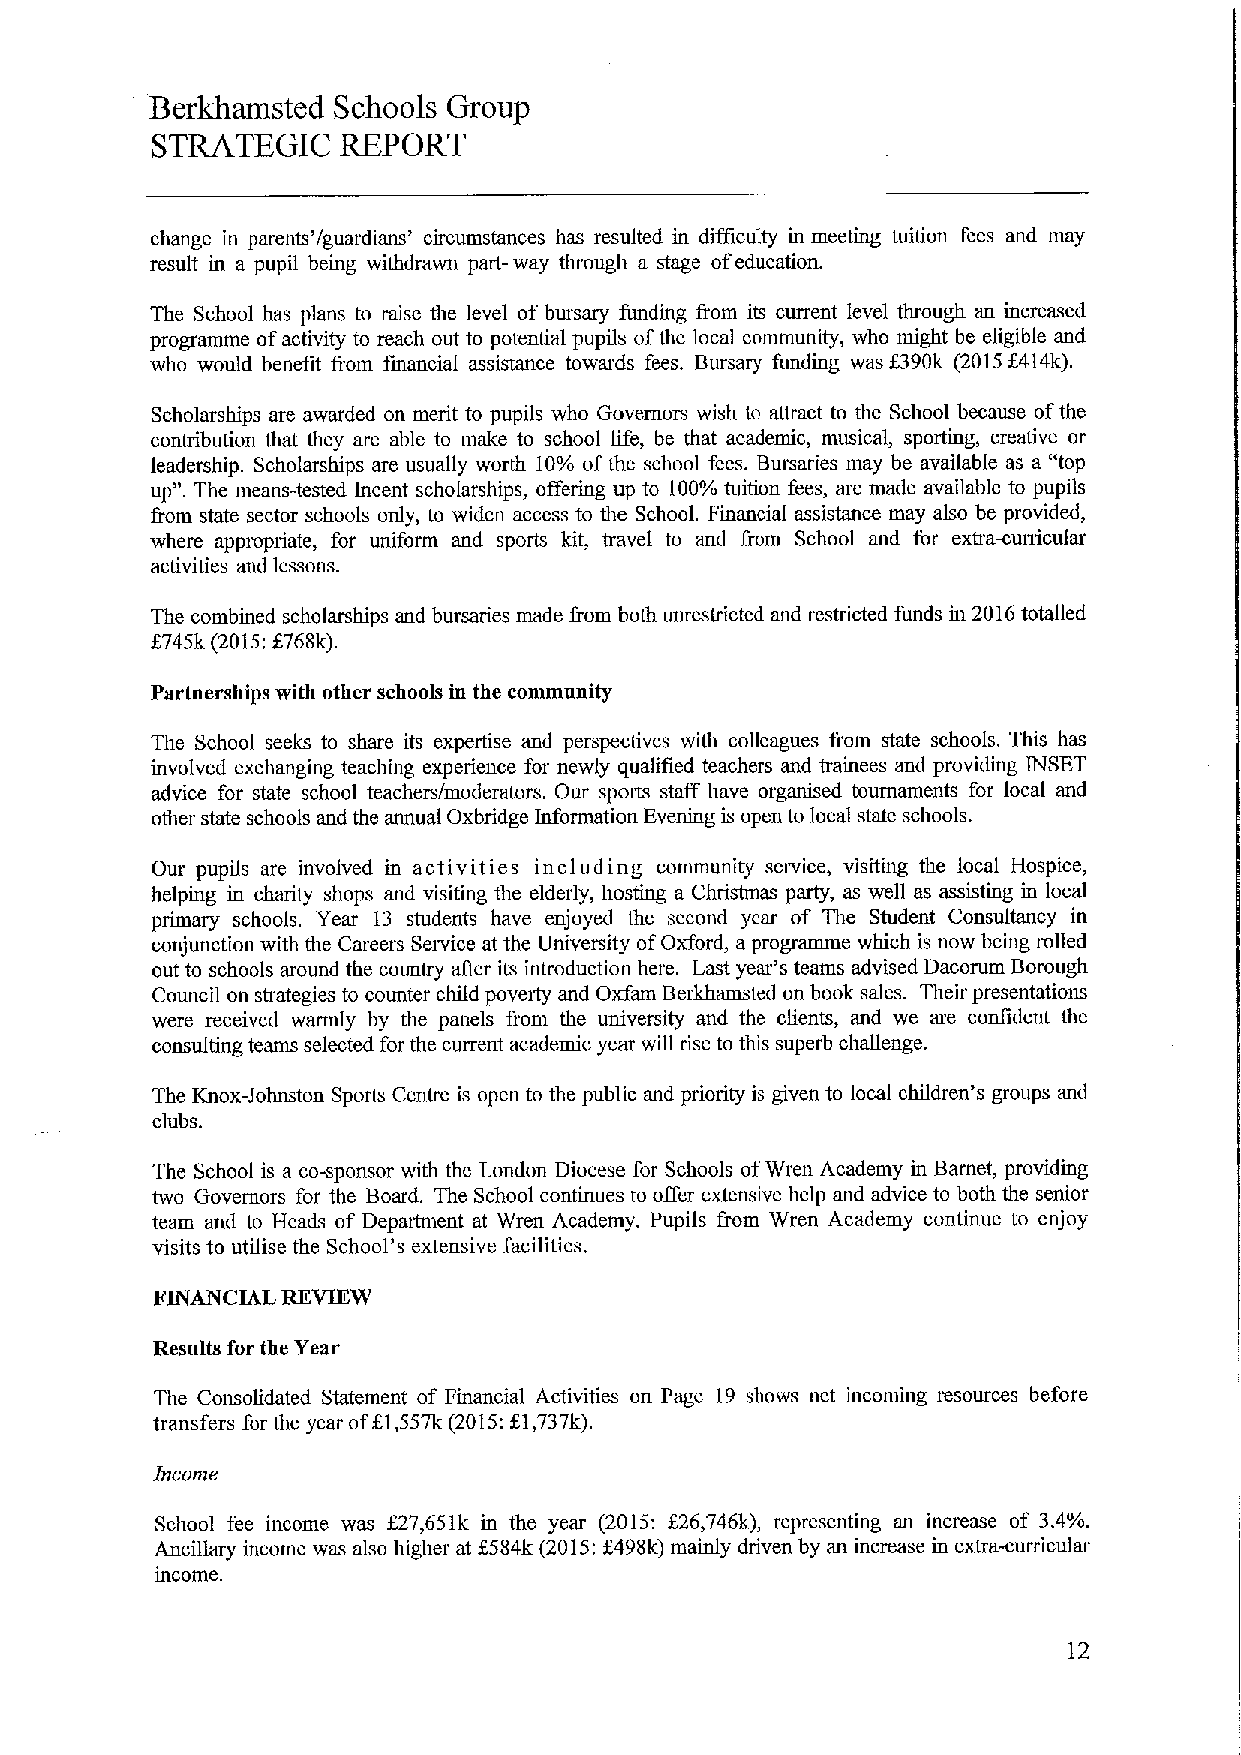
Berkhamsted Schools Group
 STRATEGIC   REPORT
 change in parents'/guardians' circumstances has resulted in difficulty in meeting tuition fees and may
 result in a pupil being withdrawn part- way through a stage ofeducation.
 The School has plans to raise the level of bursary funding from its current level through an increased
 programme ofactivity to reach out to potential pupils ofthe local community, who might be eligible and
 who would benefit from financial assistance towards fees. Bursary funding was f390k (2015f414k).
 Scholarships are awarded on merit to pupils who Governors wish to attract to the School because ofthe
 contribution that they are able to make to school life, be that academic, musical, sporting, creative or
 leadership. Scholarships are usually worth 10%ofthe school fees. Bursaries may be available as a "top
 up". The means-tested Incent scholarships, ofiering up to 100%tuition fees, are made available to pupils
 &om state sector schools only, to widen access to the School, Financial assistance may also be provided,
 where appmpriate, for uniform and sports kit, travel to and from School and for extra-curricular
 activities and lessons.
 The combined scholarships and bursaries made &om both unrestricted and restricted funds in 2016totalled
 f       f
 745k (2015; 768k).
 Partnerships with other schools in the community
 The School seeks to share its expertise and perspectives with colleagues from state schools. This has
 involved exchanging teaching experience for newly qualified teachers and trainees and providing INSET
 advice for state school teachers/moderators. Our sports staff have organised tournaments for local and
 other state schools and the annual Oxbridge Information Evening is open to local state schools.
 Our pupils are involved in activities including community service, visiting the local Hospice,
 helping in charity shops and visifing the elderly, hosting a Christmas party, as well as assisting in local
 primary schools. Year 13 students have enjoyed the second year of The Student Consultancy in
 conjunction with the Careers Service at the University ofOxford, aprogramme which is now being mlled
 out to schools around the counhy after its introduction here. Last year's teams advised Dacorum Borough
 Council on strategies to counter child poverty and Oxfam Berkhamsted on book sales. Their presentations
 were received warmly by the panels from the university and the clients, and we are confident the
 consulting teams selected for the current academic year will rise to this superb challenge.
 The Knox-Johnston Sports Centre is open to the public and priority is given to local children's groups and
 clubs.
 The School is a co-sponsor with the London Diocese for Schools ofWren Academy in Barnet, providing
 two Governors for the Board. The School continues to offer extensive help and advice to both the senior
 team and to Heads of Department at Wren Academy. Pupils from Wren Academy continue to enjoy
 visits to utilise the School's extensive facilities,
 FINANCIAL REVIEW
 Results for the Year
 The Consolidated Statement of Financial Activities on Page 19 shows net incoming resources before
 transfers for the year off1,557k (2015;f1,737k).
 Income
 School fee income was f27,651k in the year (2015: f26,746k), representing an increase of 3.4%.
 Ancillary income was also higher at f584k (2015:5498k) mainly driven by an increase in extra-curricular
 income,
 12